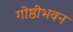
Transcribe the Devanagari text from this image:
गोष्ठीभवन